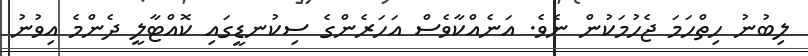
ލިބުނު ހިތްހަމަ ޖެހުމަކުން ނެވެ. އަނެއްކާވެސް އަހަރެންގެ ސިކުނޑީގައި ކޮއްޓާލީ ދެންމެ އިވުނު